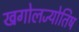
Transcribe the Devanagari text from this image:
खगोलज्योतिष